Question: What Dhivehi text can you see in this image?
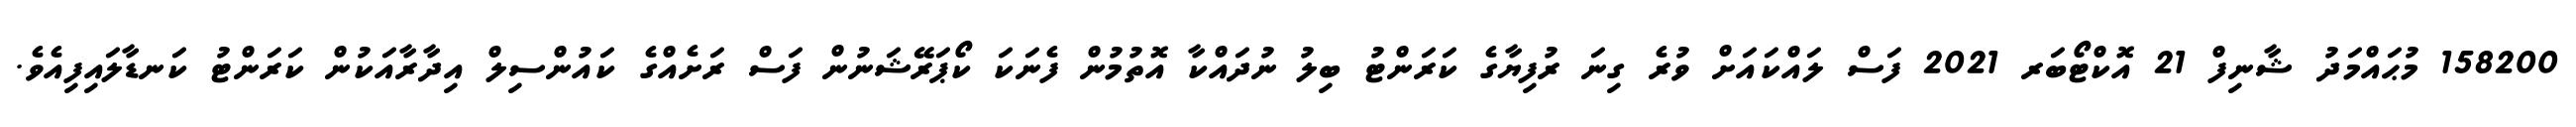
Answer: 158200 މުޙައްމަދު ޝާނިފް 21 އޮކްޓޯބަރ 2021 ފަސް ލައްކައަށް ވުރެ ގިނަ ރުފިޔާގެ ކަރަންޓު ބިލު ނުދައްކާ އޮތުމުން ފެނަކަ ކޯޕަރޭޝަނުން ފަސް ރަށެއްގެ ކައުންސިލް އިދާރާއަކުން ކަރަންޓު ކަނޑާލައިފިއެވެ.